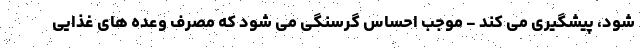
شود، پیشگیری می کند - موجب احساس گرسنگی می شود که مصرف وعده های غذایی